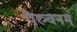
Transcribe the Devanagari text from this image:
पेरुवनम्